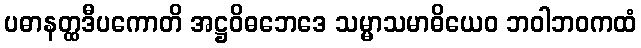
ပဓာနတ္ထဒီပကောတိ အဋ္ဌဝိဓဘေဒေ သမ္မာသမာဓိယေဝ ဘဝါဘဝကထံ